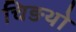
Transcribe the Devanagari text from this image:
चिङथो